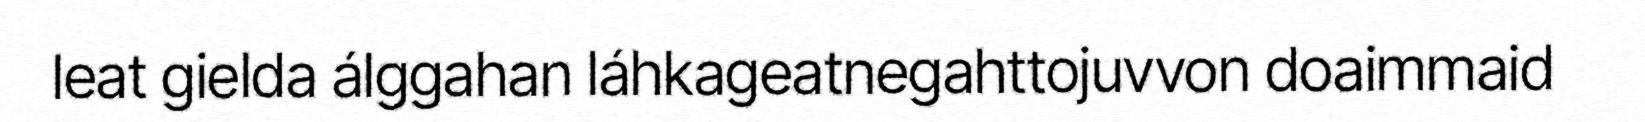
leat gielda álggahan láhkageatnegahttojuvvon doaimmaid